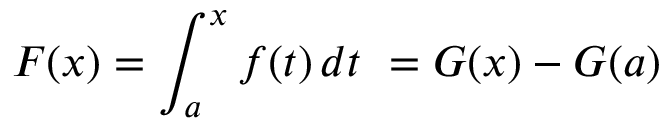
F ( x ) = \int _ { a } ^ { x } f ( t ) \, d t \ = G ( x ) - G ( a )